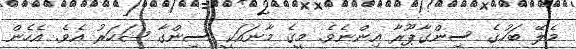
މެލޭ ބަހުގެ ސިންގާޕޫރާ އިންނެވެ. މީގެ މާނައަކީ ސިންގާ ޝަހަރު އެވެ. އެހެން